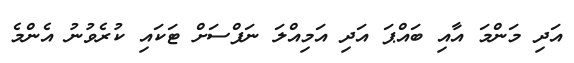
އަދި މަންމަ އާއި ބައްޕަ އަދި އަމިއްލަ ނަފްސަށް ޓަކައި ކުރެވުނު އެންމެ